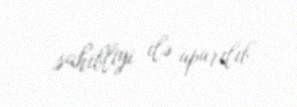
sahibliyi ilə aparılıb.